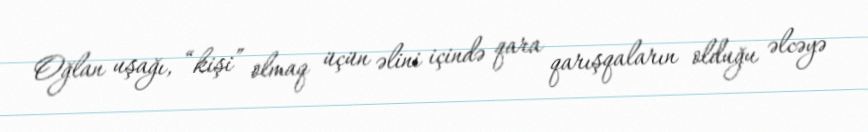
Oğlan uşağı, “kişi” olmaq üçün əlini içində qara qarışqaların olduğu əlcəyə